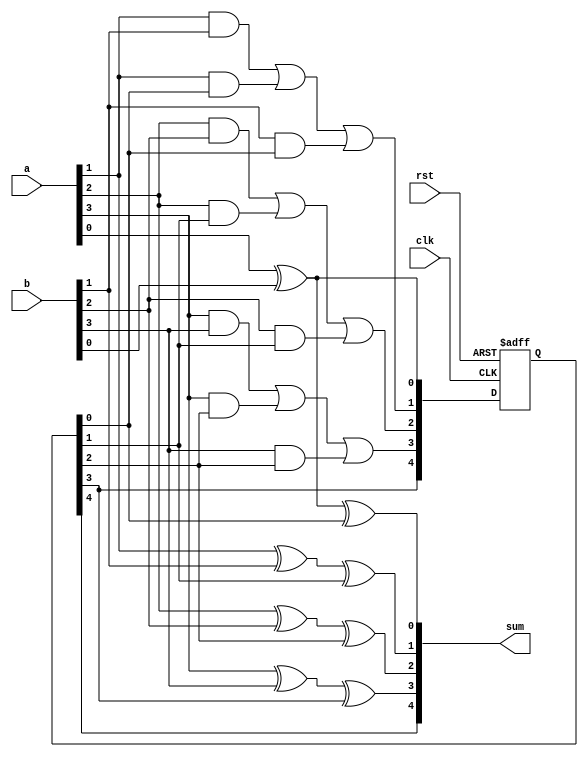
module manchester_carry_chain_adder(
    input wire clk,
    input wire rst,
    input wire [3:0] a,
    input wire [3:0] b,
    output reg [4:0] sum
);

reg [4:0] carry;

initial begin
    carry <= 5'b0;
end

always @(posedge clk or posedge rst) begin
    if (rst) begin
        carry <= 5'b0;
    end else begin
        carry[0] <= a[0] ^ b[0];
        carry[1] <= (a[1] & b[1]) | (a[1] & carry[0]) | (b[1] & carry[0]);
        carry[2] <= (a[2] & b[2]) | (a[2] & carry[1]) | (b[2] & carry[1]);
        carry[3] <= (a[3] & b[3]) | (a[3] & carry[2]) | (b[3] & carry[2]);
        carry[4] <= carry[3];
    end
end

always @* begin
    sum[0] = a[0] ^ b[0] ^ carry[0];
    sum[1] = a[1] ^ b[1] ^ carry[1];
    sum[2] = a[2] ^ b[2] ^ carry[2];
    sum[3] = a[3] ^ b[3] ^ carry[3];
    sum[4] = carry[4];
end

endmodule